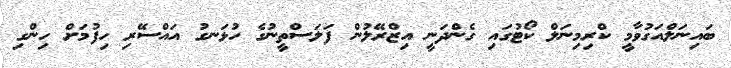
ބައިނަލްއަގުވާމީ ކްރިމިނަލް ކޯޓުގައި ގެންދަނީ އިޒްރޭލުން ފަލަސްތީނުގެ ހުޅަނގު އައްސޭރި ހިފުމަށް ހިންގި